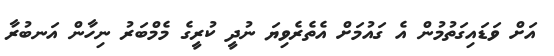
އަށް ވަޑައިގަތުމުން އެ ގައުމަށް އެތެރެވިޔަ ނުދީ ކުރީގެ މެމްބަރު ނިހާން އަނބުރާ